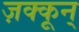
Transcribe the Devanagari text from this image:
ज़क्कून्